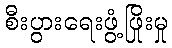
စီးပွားရေးဖွံ့ဖြိုးမှု